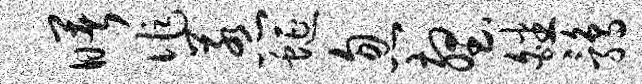
曙作惹蜒忽壑皤鹑